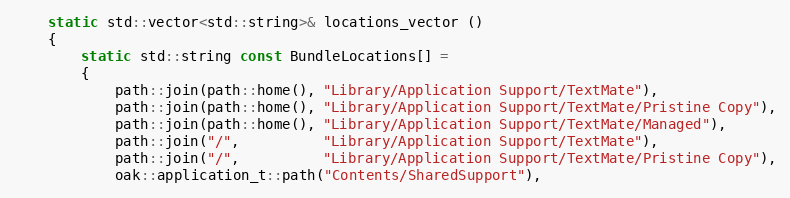
Language: C++
	static std::vector<std::string>& locations_vector ()
	{
		static std::string const BundleLocations[] =
		{
			path::join(path::home(), "Library/Application Support/TextMate"),
			path::join(path::home(), "Library/Application Support/TextMate/Pristine Copy"),
			path::join(path::home(), "Library/Application Support/TextMate/Managed"),
			path::join("/",          "Library/Application Support/TextMate"),
			path::join("/",          "Library/Application Support/TextMate/Pristine Copy"),
			oak::application_t::path("Contents/SharedSupport"),